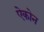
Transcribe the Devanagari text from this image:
ऐकोन